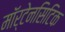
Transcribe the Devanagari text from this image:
मॉर्टेनसिटिक